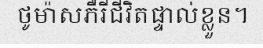
ថូម៉ាសភឺរីជីវិតផ្ទាល់ខ្លួន។